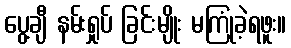
ပွေ့ချီ နမ်းရှုပ် ခြင်းမျိုး မကြုံခဲ့ရဖူး။